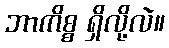
ဘာကိစ္စ ရှိလို့လဲ။